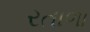
રતાળા